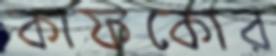
কাফকোর